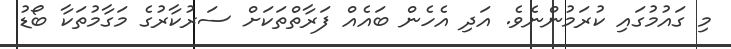
މި ގައުމުގައި ކުރަމުންނެވެ. އަދި އެހެން ބައެއް ފަރާތްތަކަށް ސަރުކާރުގެ މަގާމުތަކާ ބޯޑު